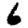
Digit: 6